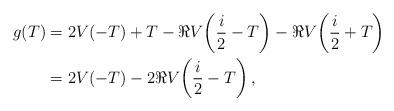
LaTeX: \begin{align*}g(T)&=2V(-T)+T-\Re V\!\left(\frac{i}{2}-T\right)-\Re V\!\left(\frac{i}{2}+T\right)\\&=2V(-T)-2\Re V\!\left(\frac{i}{2}-T\right),\end{align*}